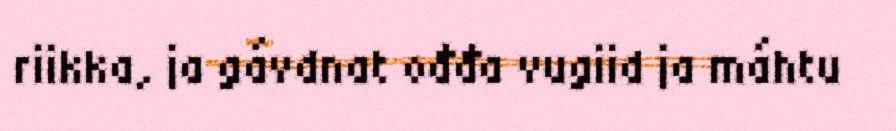
riikka, ja gávdnat ođđa vugiid ja máhtu